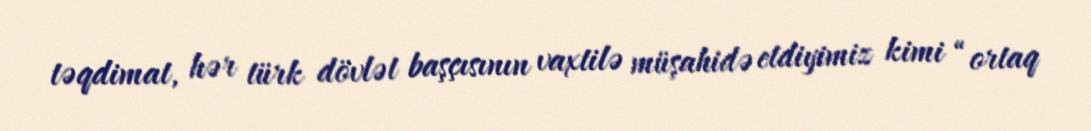
təqdimat, hər türk dövlət başçısının vaxtilə müşahidə etdiyimiz kimi “ortaq